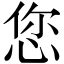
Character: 您